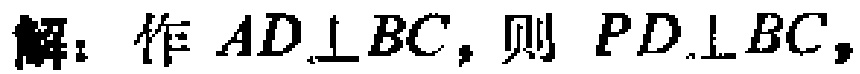
解：作 \(AD\perp BC\)，则 \(PD\perp BC\)，